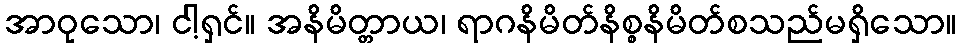
အာဝုသော၊ ငါ့ရှင်။ အနိမိတ္တာယ၊ ရာဂနိမိတ်နိစ္စနိမိတ်စသည်မရှိသော။